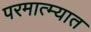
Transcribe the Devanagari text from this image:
परमात्म्यात